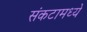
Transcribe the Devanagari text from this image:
संकटामध्ये